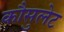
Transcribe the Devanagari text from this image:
कौसुलेट